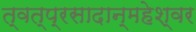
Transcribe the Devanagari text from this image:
त्वत्प्रसादान्महेश्वर